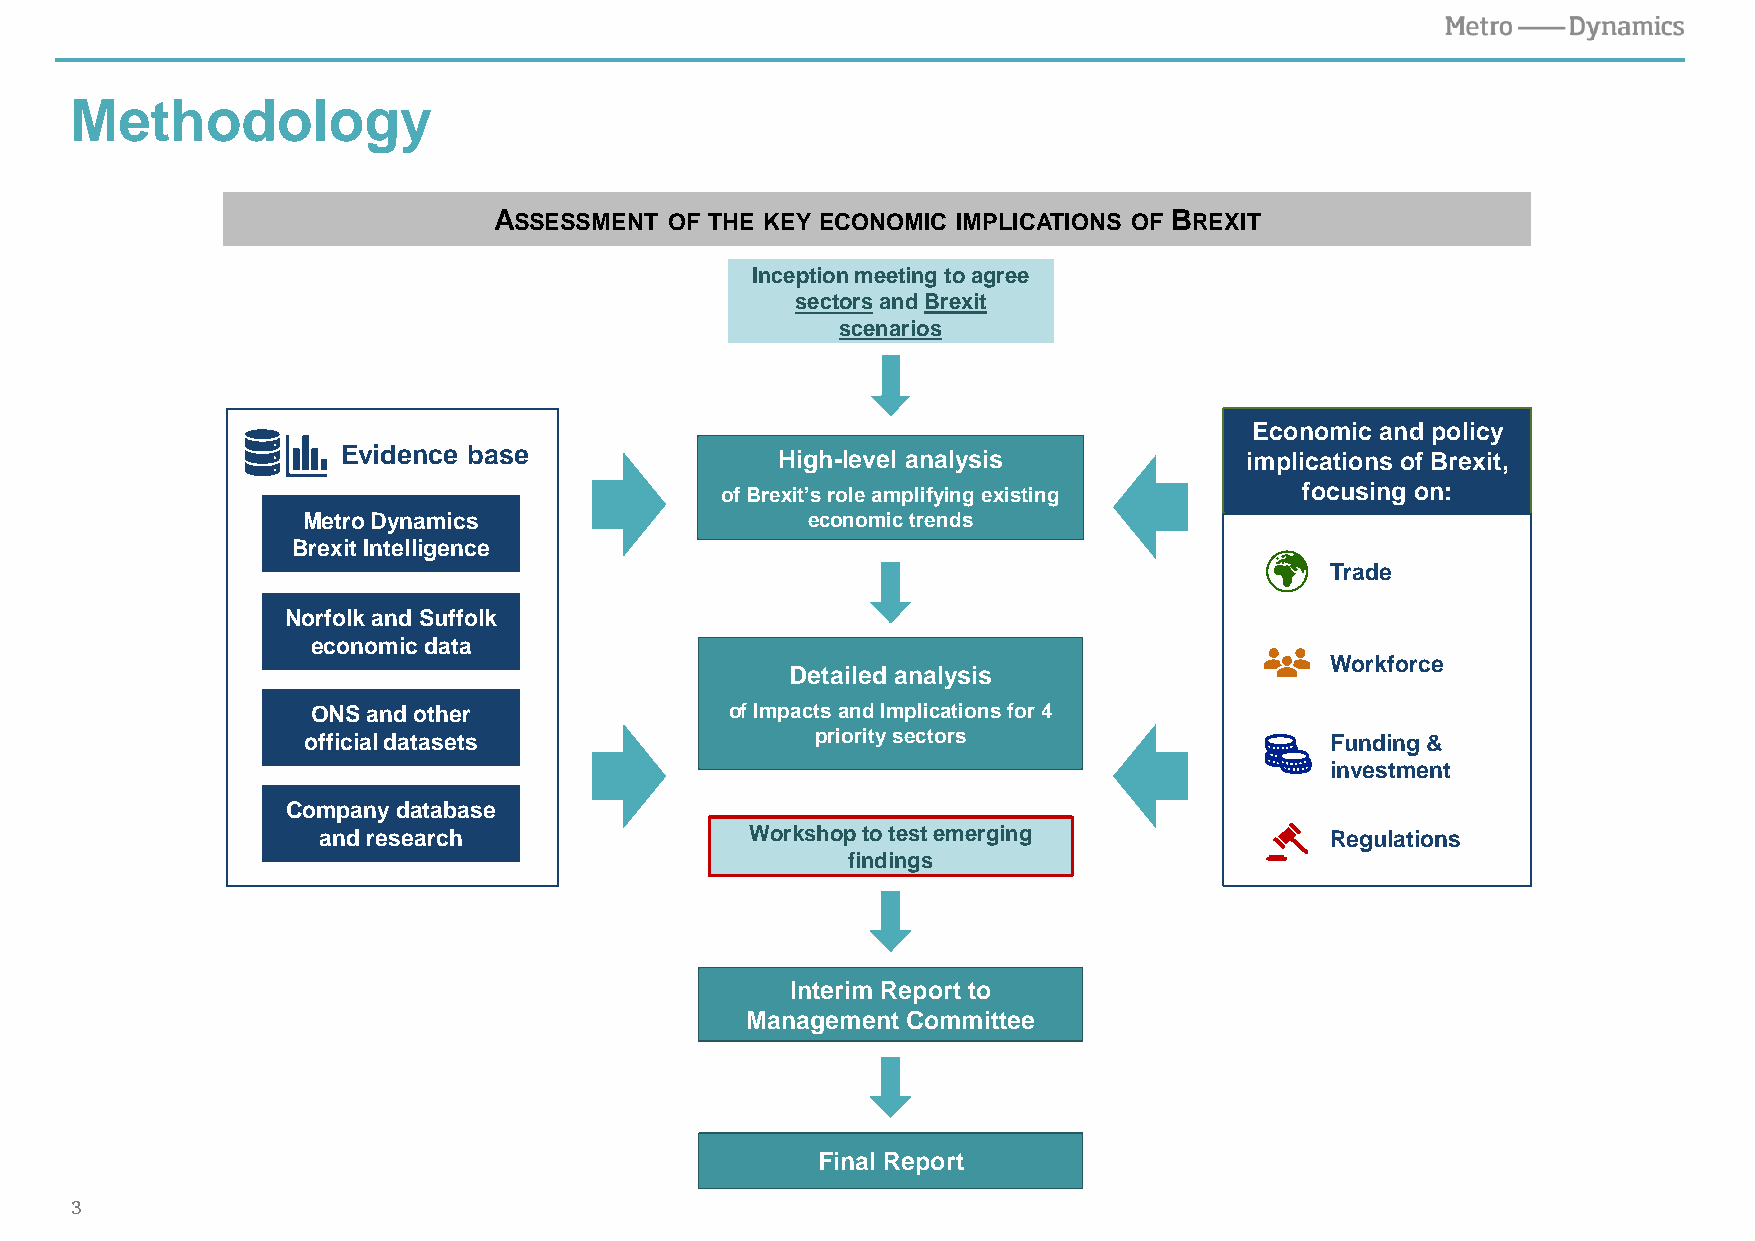
Methodology
 ASSESSMENT OF THE KEY ECONOMIC IMPLICATIONS OF BREXIT
 Inception meeting to agree
 sectorsand Brexit
 scenarios
 Economic and policy
 Evidence base               High-level analysis            implications of Brexit,
 of Brexit’s role amplifying existing  focusing on:
 Metro Dynamics                   economic trends
 Brexit Intelligence
 Trade
 Norfolk and Suffolk
 economic data
 Workforce
 Detailed analysis
 ONS and other              of Impacts and Implications for 4
 official datasets                 priority sectors                  Funding &
 investment
 Company database
 and research                 Workshop to test emerging             Regulations
 findings
 Interim Report to
 Management Committee
 Final Report
 3